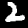
Digit: 2